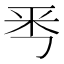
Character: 𠀭